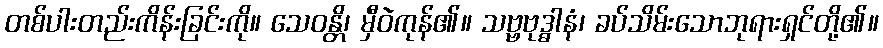
တစ်ပါးတည်းကိန်းခြင်းကို။ သေဝန္တိ၊ မှီဝဲကုန်၏။ သဗ္ဗဗုဒ္ဓါနံ၊ ခပ်သိမ်းသောဘုရားရှင်တို့၏။